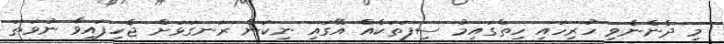
މި ދެންނެވި ހުރިހައި ހިތްގައިމު ސިފަތަކެއް އޭގައި ނިކަން ރަނގަޅަށް ޖެހިފައިވާ ނުވަތަ